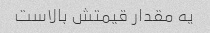
یه مقدار قیمتش بالاست